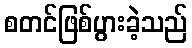
စတင်ဖြစ်ပွားခဲ့သည်